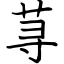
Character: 荨